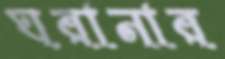
ঘরানার